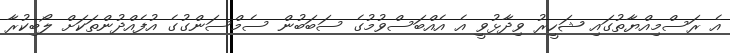
އެ ރަސްމިއްޔާތުގައި ޝަހީރު ވިދާޅުވީ އެ އެއްބަސްވުމުގެ ސަބަބުން ސެމްސަންގުގެ އުފެއްދުންތަކަށް ލޯބިކުރާ